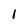
Character: 1